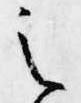
之